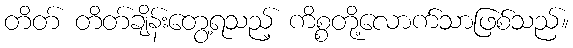
တိတ် တိတ်ချိန်းတွေ့ရသည့် ကိစ္စတို့လောက်သာဖြစ်သည်။